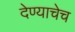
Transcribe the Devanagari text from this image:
देण्याचेच